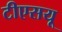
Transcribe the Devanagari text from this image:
टीएसयू